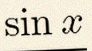
\sin x